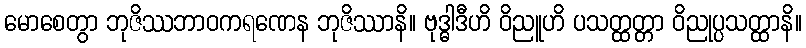
မောစေတွာ ဘုဇိဿဘာဝကရဏေန ဘုဇိဿာနိ။ ဗုဒ္ဓါဒီဟိ ဝိညူဟိ ပသတ္ထတ္တာ ဝိညုပ္ပသတ္ထာနိ။